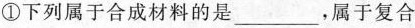
①下列属于合成材料的是___，属于复合